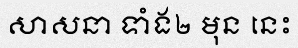
សាសនា ទាំង២ មុន នេះ